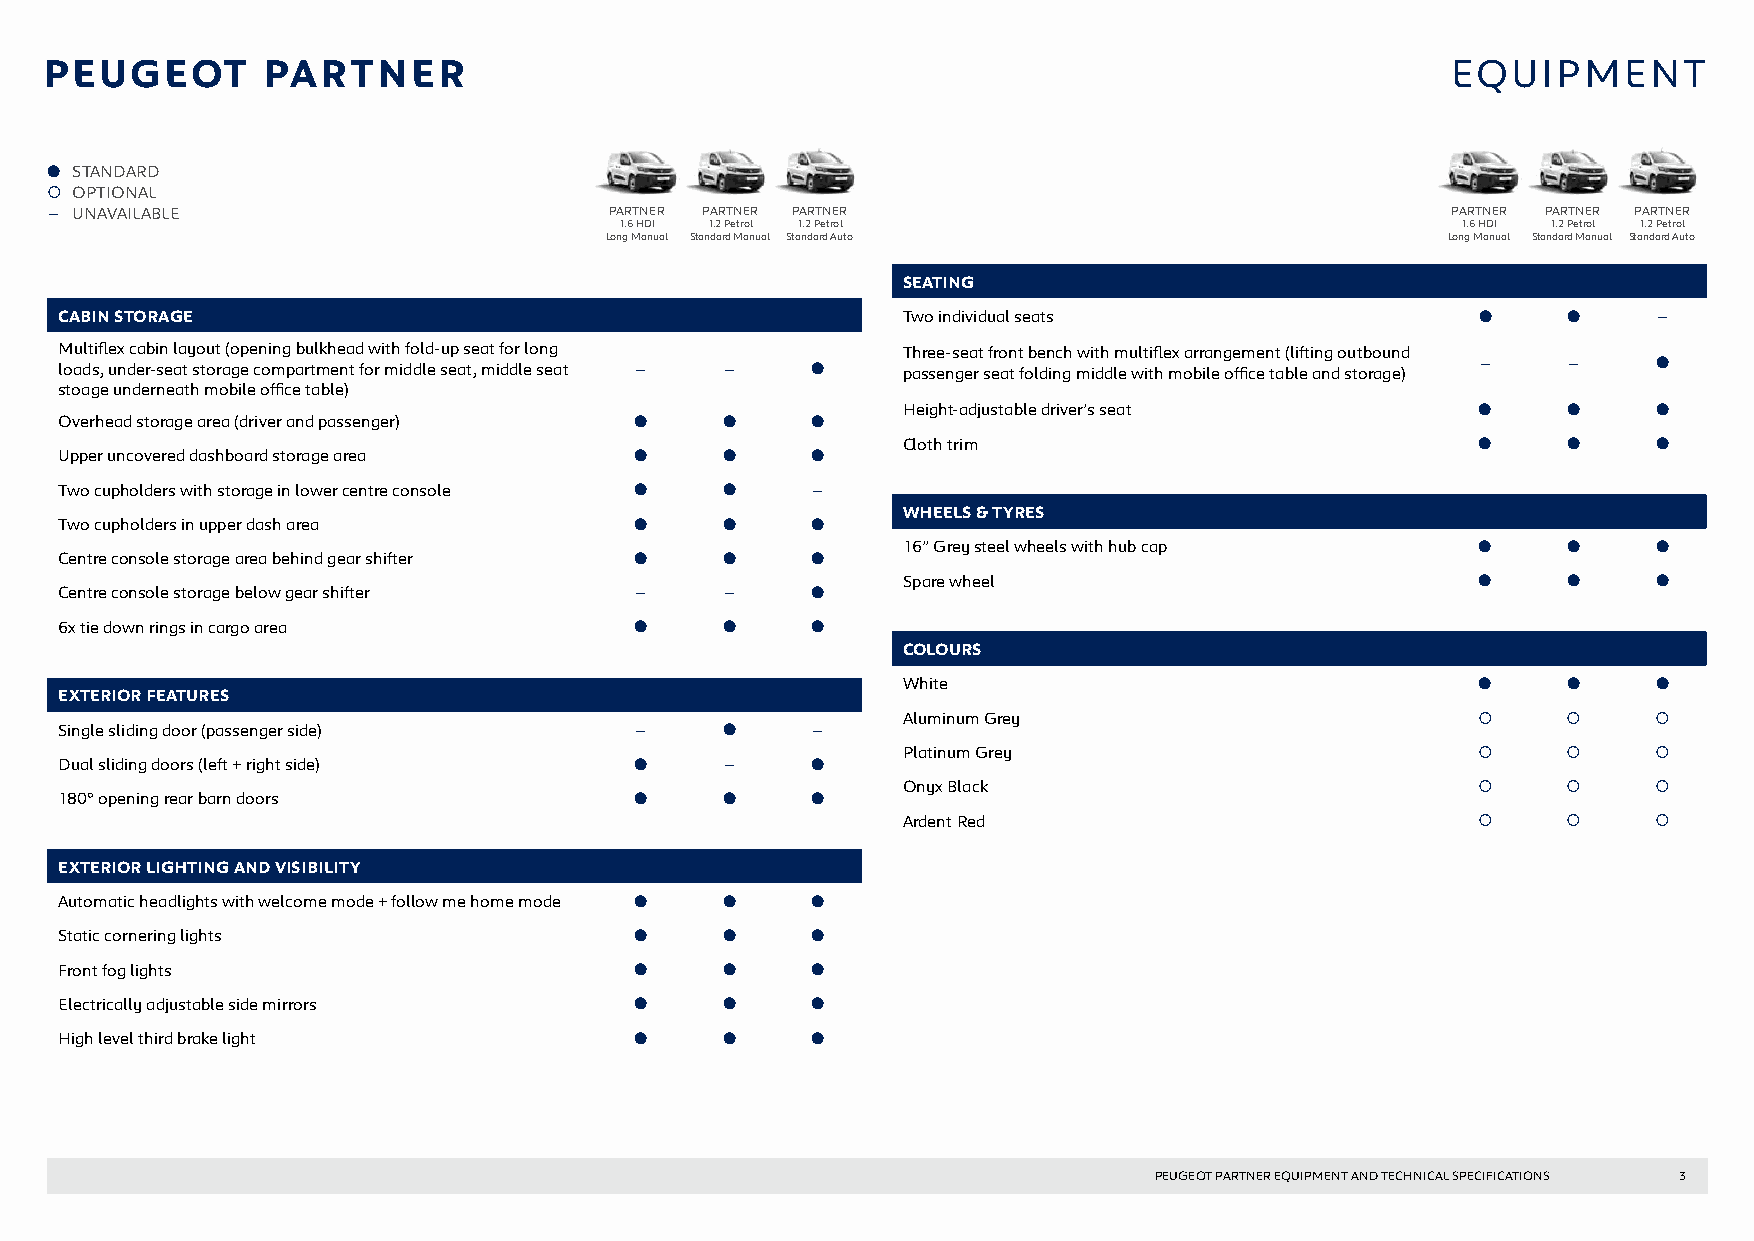
P EUGEOT      PARTNER                                                                        EQUIPMENT
 ● STANDARD
  OPTIONAL
 - UNAVAILABLE                        PARTNER PARTNER PARTNER                                 PARTNER PARTNER PARTNER
 1.6 HDI 1.2 Petrol 1.2 Petrol                           1.6 HDI 1.2 Petrol 1.2 Petrol
 Long Manual Standard Manual Standard Auto               Long Manual Standard Manual Standard Auto
 SEATING
 CABIN STORAGE                                           Two individual seats                  ●     ●     -
 Multiflex cabin layout (opening bulkhead with fold-up seat for long Three-seat front bench with multiflex arrangement (lifting outbound
 loads, under-seat storage compartment for middle seat, middle seat - - ● passenger seat folding middle with mobile office table and storage) - - ●
 stoage underneath mobile office table)
 Height-adjustable driver’s seat       ●     ●     ●
 Overhead storage area (driver and passenger) ● ●  ●
 Cloth trim                            ●     ●     ●
 Upper uncovered dashboard storage area ●    ●     ●
 Two cupholders with storage in lower centre console ● ● -
 WHEELS & TYRES
 Two cupholders in upper dash area     ●     ●     ●
 16” Grey steel wheels with hub cap    ●     ●     ●
 Centre console storage area behind gear shifter ● ● ●
 Spare wheel                           ●     ●     ●
 Centre console storage below gear shifter - -     ●
 6x tie down rings in cargo area       ●     ●     ●
 COLOURS
 White                                 ●     ●     ●
 EXTERIOR FEATURES
 Aluminum Grey                                   
 Single sliding door (passenger side)  -     ●     -
 Platinum Grey                                   
 Dual sliding doors (left + right side) ●    -     ●
 Onyx Black                                      
 180º opening rear barn doors          ●     ●     ●
 Ardent Red                                      
 EXTERIOR LIGHTING AND VISIBILITY
 Automatic headlights with welcome mode + follow me home mode ● ● ●
 Static cornering lights               ●     ●     ●
 Front fog lights                      ●     ●     ●
 Electrically adjustable side mirrors  ●     ●     ●
 High level third brake light          ●     ●     ●
 PEUGEOT PARTNER EQUIPMENT AND TECHNICAL SPECIFICATIONS 3